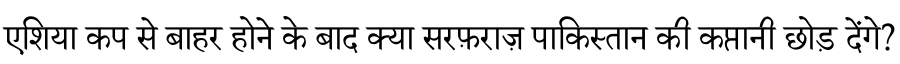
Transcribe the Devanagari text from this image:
एशिया कप से बाहर होने के बाद क्या सरफ़राज़ पाकिस्तान की कप्तानी छोड़ देंगे?